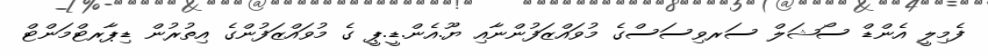
ފެމިލީ އެންޑް ސޯޝަލް ސަރވިސަސްގެ މުވައްޒަފުންނާއި ޔޫ.އެން.ޑީ.ޕީ ގެ މުވައްޒަފުންގެ އިތުރުން ޑިޕާރޓްމަންޓް